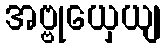
အဗ္ဗုယှေယျ